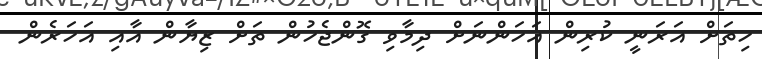
ހިތަށް އަރަނީ ކުރިން އަހަންނަށް ދިމާވި ގޮންޖެހުން ތަށް ޒިޔާން އާއި އަހަރެން